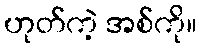
ဟုတ်ကဲ့ အစ်ကို။